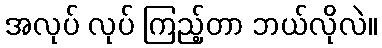
အလုပ် လုပ် ကြည့်တာ ဘယ်လိုလဲ။